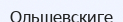
Ольшевскиге